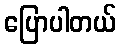
ပြောပါတယ်